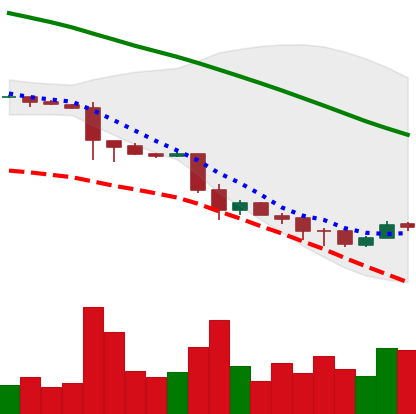
Ticker: ETC-USD
Chart end date: 2018-11-29
Forward return: -10.589%
Label: down_7plus